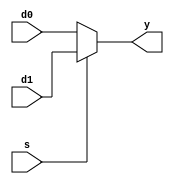
`timescale 1ns/10ps
module mux2(d0, d1, s, y);

input s;
input [7:0] d0, d1;
output [7:0] y;

assign y = s?d1 :d0;

endmodule